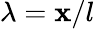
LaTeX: \lambda=\mathbf{x}/l